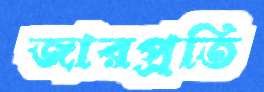
জারপ্রতি